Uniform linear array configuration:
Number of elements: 12
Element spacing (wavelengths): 0.75
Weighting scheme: hamming
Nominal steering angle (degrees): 0
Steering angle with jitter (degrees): -1.484
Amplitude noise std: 0.05
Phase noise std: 0.05

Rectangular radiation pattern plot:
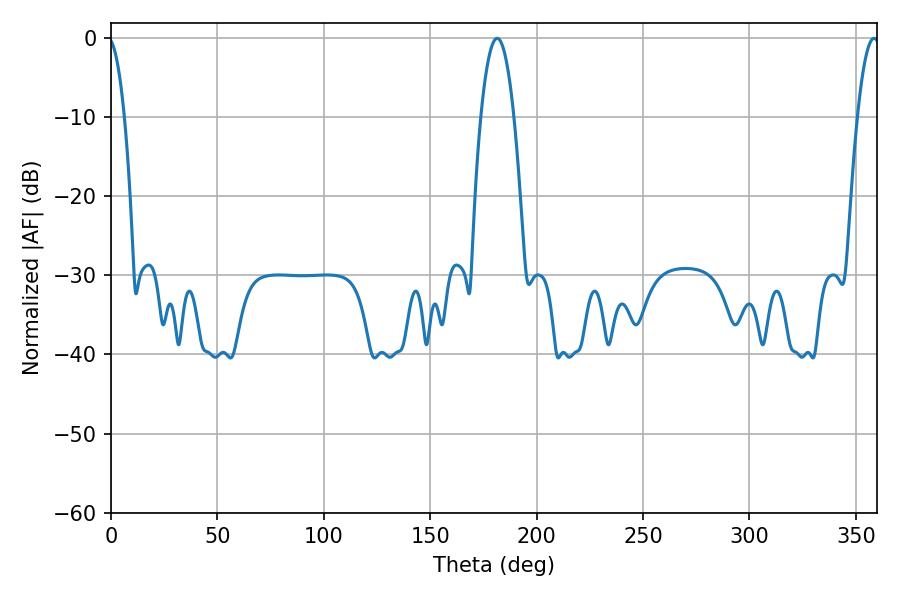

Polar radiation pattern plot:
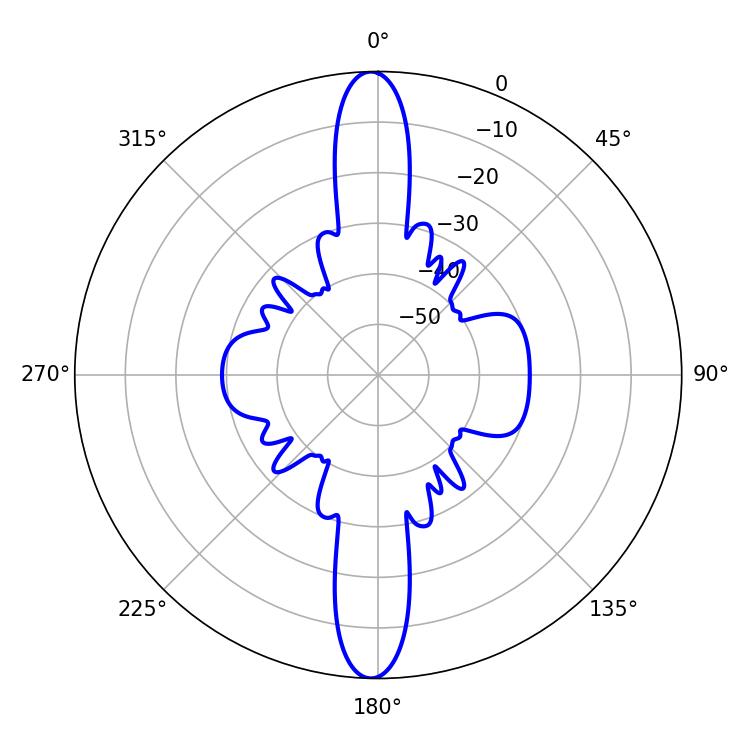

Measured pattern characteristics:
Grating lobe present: TRUE
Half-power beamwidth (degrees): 8.64
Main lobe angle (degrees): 181.44